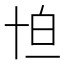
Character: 𠦠